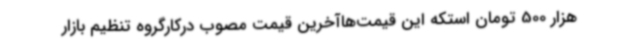
هزار 500 تومان استکه این قیمت‌هاآخرین قیمت مصوب درکارگروه تنظیم بازار